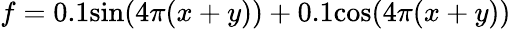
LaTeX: f=0.1\mathrm{sin}(4\pi(x+y))+0.1\mathrm{cos}(4\pi(x+y))